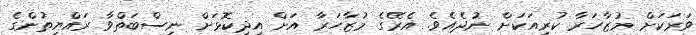
ވަރަކަށް މުޒާހަރާ ކުރިއަކަށް ނުދެއެވެ. އެރޭގެ މުޒާހަރާ އަށް އިދިކޮޅަށް ނިސްބަތްވާ ރައްޔިތުންގެ